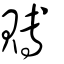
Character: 賻